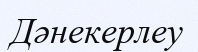
Дәнекерлеу